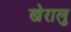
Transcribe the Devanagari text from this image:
खेरालु